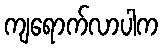
ကျရောက်လာပါက